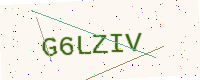
Text: G6LZIV